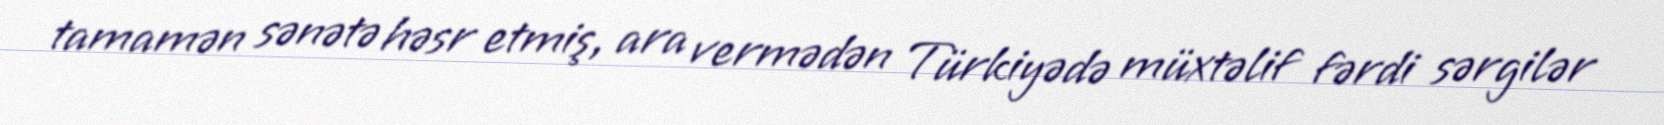
tamamən sənətə həsr etmiş, ara vermədən Türkiyədə müxtəlif fərdi sərgilər